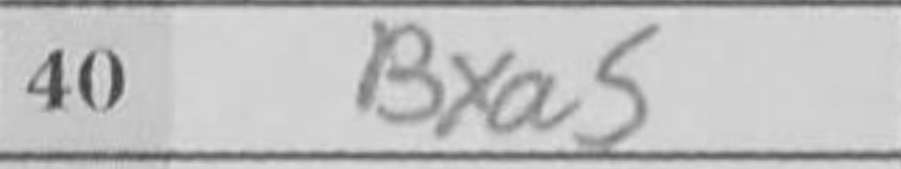
Transcription: Bxa5